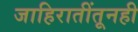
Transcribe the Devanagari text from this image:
जाहिरातींतूनही